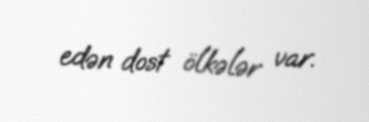
edən dost ölkələr var.